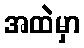
အထဲမှာ